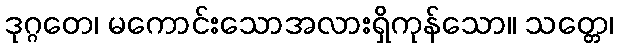
ဒုဂ္ဂတေ၊ မကောင်းသောအလားရှိကုန်သော။ သတ္တေ၊